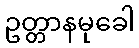
ဥတ္တာနမုခေါ